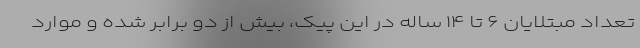
تعداد مبتلایان ۶ تا ۱۴ ساله در این پیک، بیش از دو برابر شده و موارد